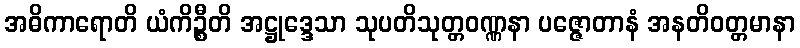
အဓိကာရောတိ ယံကိဉ္စီတိ အဋ္ဌုဒ္ဒေသာ သုပတိသုတ္တဝဏ္ဏနာ ပဇ္ဇောတာနံ အနတိဝတ္တမာနာ